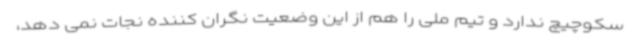
سکوچیچ ندارد و تیم ملی را هم از این وضعیت نگران کننده نجات نمی دهد،